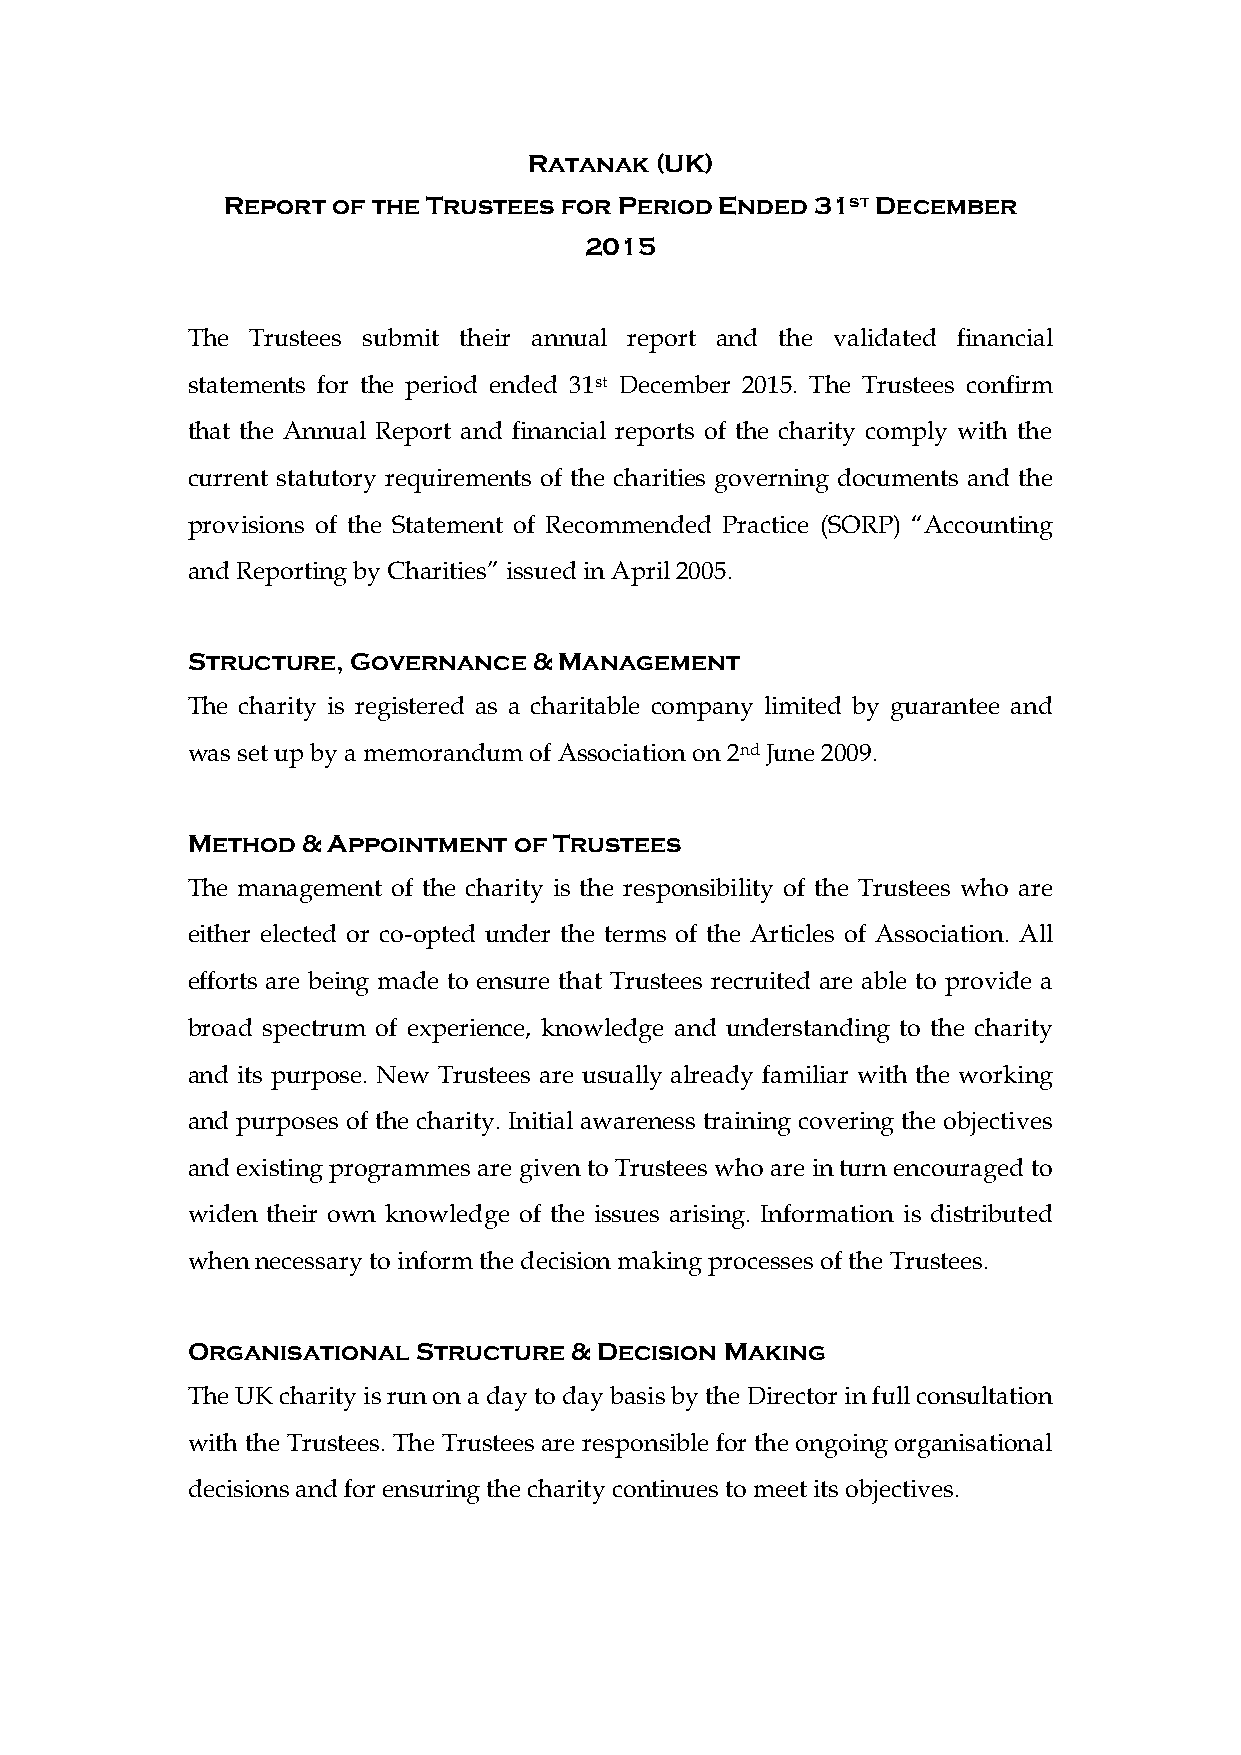
Ratanak (UK)
 Report of the Trustees for Period Ended 31st December
 2015
 The  Trustees submit their annual report and the validated financial
 statements for the period ended 31st December 2015. The Trustees confirm
 that the Annual Report and financial reports of the charity comply with the
 current statutory requirements of the charities governing documents and the
 provisions of the Statement of Recommended Practice (SORP) “Accounting
 and Reporting by Charities” issued in April 2005.
 Structure, Governance  & Management
 The charity is registered as a charitable company limited by guarantee and
 was set up by a memorandum of Association on 2nd June 2009.
 Method  & Appointment of Trustees
 The management of the charity is the responsibility of the Trustees who are
 either elected or co-opted under the terms of the Articles of Association. All
 efforts are being made to ensure that Trustees recruited are able to provide a
 broad spectrum of experience, knowledge and understanding to the charity
 and its purpose. New Trustees are usually already familiar with the working
 and purposes of the charity. Initial awareness training covering the objectives
 and existing programmes are given to Trustees who are in turn encouraged to
 widen their own knowledge of the issues arising. Information is distributed
 when necessary to inform the decision making processes of the Trustees.
 Organisational  Structure & Decision Making
 The UK charity is run on a day to day basis by the Director in full consultation
 with the Trustees. The Trustees are responsible for the ongoing organisational
 decisions and for ensuring the charity continues to meet its objectives.